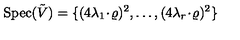
\mathrm { S p e c } ( \tilde { V } ) = \{ ( 4 \lambda _ { 1 } \! \cdot \! \varrho ) ^ { 2 } , \ldots , ( 4 \lambda _ { r } \! \cdot \! \varrho ) ^ { 2 } \}